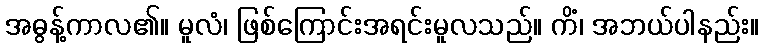
အဓွန့်ကာလ၏။ မူလံ၊ ဖြစ်ကြောင်းအရင်းမူလသည်။ ကိံ၊ အဘယ်ပါနည်း။